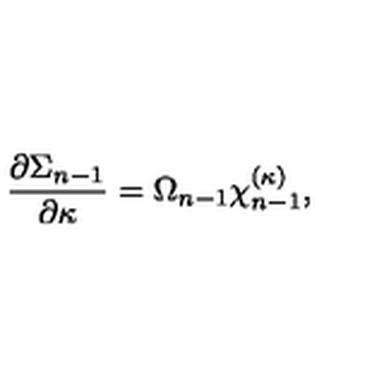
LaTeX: { \frac { \partial \Sigma _ { n - 1 } } { \partial \kappa } } = \Omega _ { n - 1 } \chi _ { n - 1 } ^ { ( \kappa ) } ,